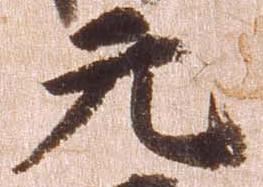
元